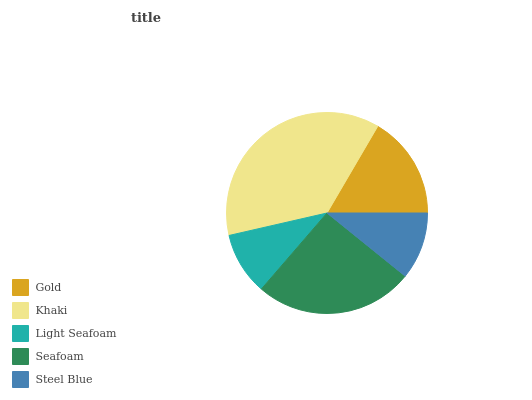
| Gold | Khaki | Light Seafoam | Seafoam | Steel Blue |
 | --- | --- | --- | --- | --- |
 | 16.6% | 37.1% | 10.1% | 25.5% | 10.8% |